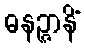
ဓနဉ္ဇာနိံ